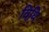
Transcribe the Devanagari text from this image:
विधि़